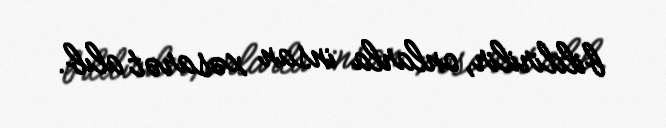
bildirilir, onlarla insan xəsarət alıb.